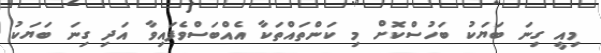
މިއީ ގިނަ ބަޔަކު ބަހުސްކޮށް މި ކަންތައްތަކާ އެއްބަސްވެފައިވާ އަދި ގިނަ ބަޔަކު